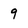
Character: 9